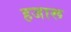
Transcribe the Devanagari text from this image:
हजारू